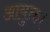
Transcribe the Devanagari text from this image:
आयुक्त।